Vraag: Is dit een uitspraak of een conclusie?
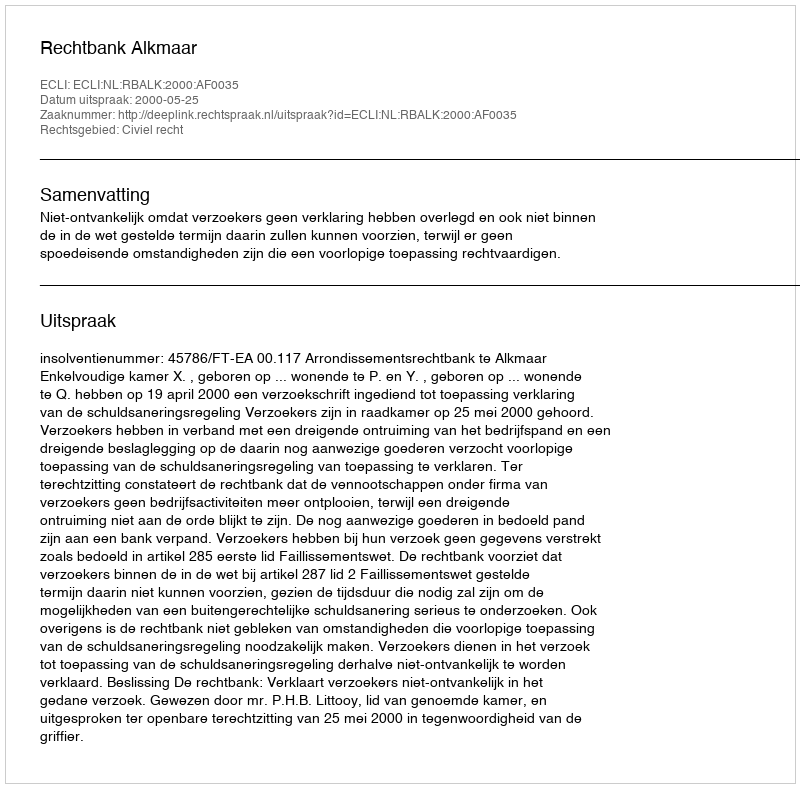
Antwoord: Uitspraak